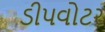
ડીપવોટર